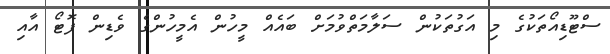
ސްޓޫޑިއޯތަކުގެ މި އަގުތަކުން ސަލާމަތްވުމަށް ބައެއް މީހުން އެމީހުންގެ ވެޑިން ފޮޓޯ އާއި